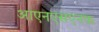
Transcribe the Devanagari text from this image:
आएनएसएनफ